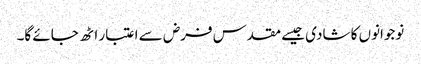
نوجوانوں کا شادی جیسے مقدس فرض سے اعتبار اٹھ جائے گا۔